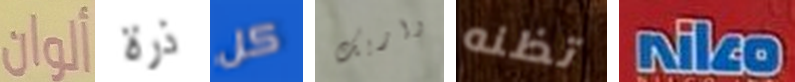
ألوان ذرة كل واريك تظنه Niko